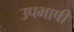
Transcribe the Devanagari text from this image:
उपभाषी